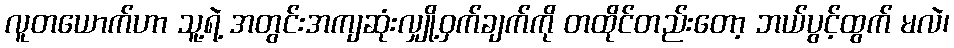
လူတယောက်ဟာ သူ့ရဲ့ အတွင်းအကျဆုံးလျှို့ဝှက်ချက်ကို တထိုင်တည်းတော့ ဘယ်ပွင့်ထွက် မလဲ၊